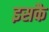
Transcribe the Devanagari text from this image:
इसकै